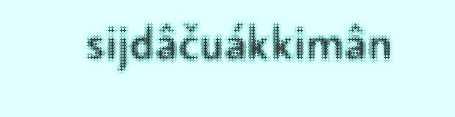
sijdâčuákkimân